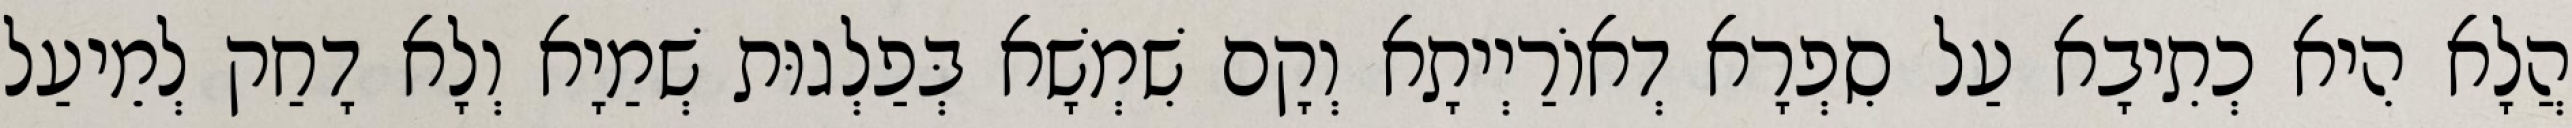
הֲלָא הִיא כְתִיבָא עַל סִפְרָא דְאוֹרַיְיתָא וְקָם שִׁמְשָׁא בְּפַלְגוּת שְׁמַיָא וְלָא דָחַק לְמֵיעַל